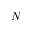
N